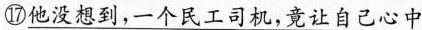
\underline{⑰他没想到，一个民工司机，竟让自己心中}